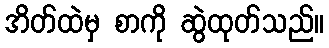
အိတ်ထဲမှ စာကို ဆွဲထုတ်သည်။